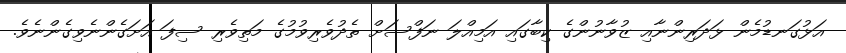
އަޅުގަނޑުމެން ޅަދަރިންނާއި ޒުވާނުންގެ ކިބާގައި އަމިއްލަ ނަފްސަށް ތެދުވެރިވުމުގެ މަތިވެރި ސިފަ އަށަގެންނެވިގެންނެވެ.